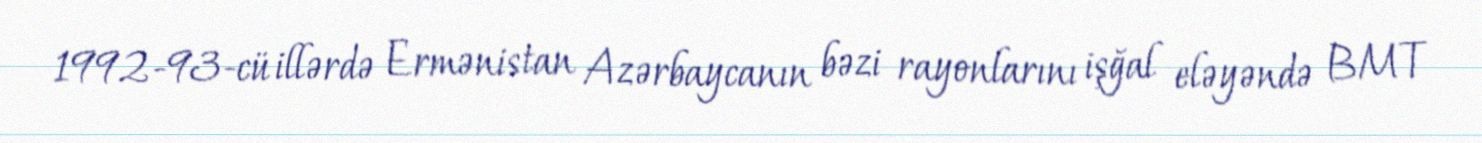
1992-93-cü illərdə Ermənistan Azərbaycanın bəzi rayonlarını işğal eləyəndə BMT